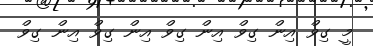
މީ ގިވް އިން ގިވް އިން ގިވް އިން ގިވް އިން ގިވް